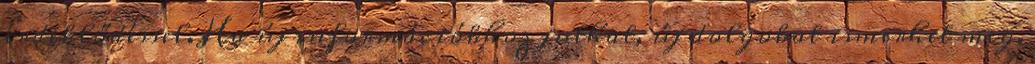
érdeklődéssel. Ha új információkhoz juthat, új dolgokat ismerhet meg,